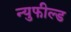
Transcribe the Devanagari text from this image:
न्युफील्ड